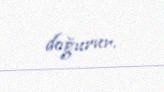
doğurur.